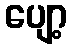
ပျော့